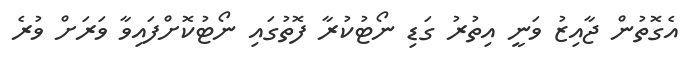
އެގޮތުން ޖާއިޒު ވަނީ އިތުރު ގަޑި ނޯޓުކުރާ ފޮތުގައި ނޯޓުކޮށްފައިވާ ވަރަށް ވުރެ